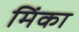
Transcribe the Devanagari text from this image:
मिंका